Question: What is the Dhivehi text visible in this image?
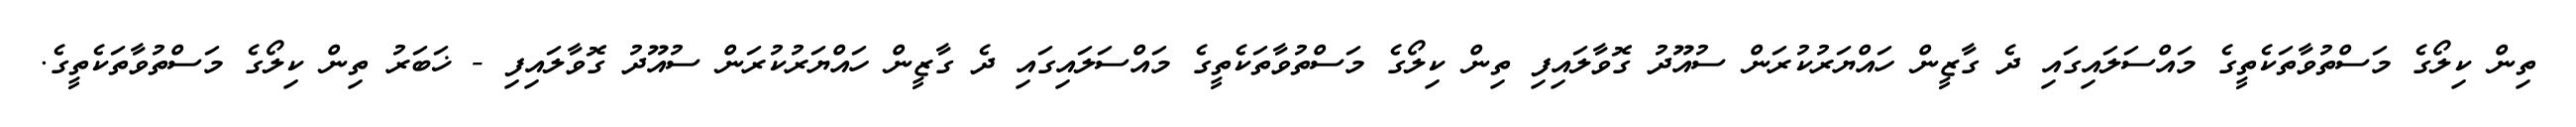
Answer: ތިން ކިލޯގެ މަސްތުވާތަކެތީގެ މައްސަލައިގައި ދެ ގާޒީން ހައްޔަރުކުރަން ސުއޫދު ގޮވާލައިފި ތިން ކިލޯގެ މަސްތުވާތަކެތީގެ މައްސަލައިގައި ދެ ގާޒީން ހައްޔަރުކުރަން ސުއޫދު ގޮވާލައިފި - ޚަބަރު ތިން ކިލޯގެ މަސްތުވާތަކެތީގެ.